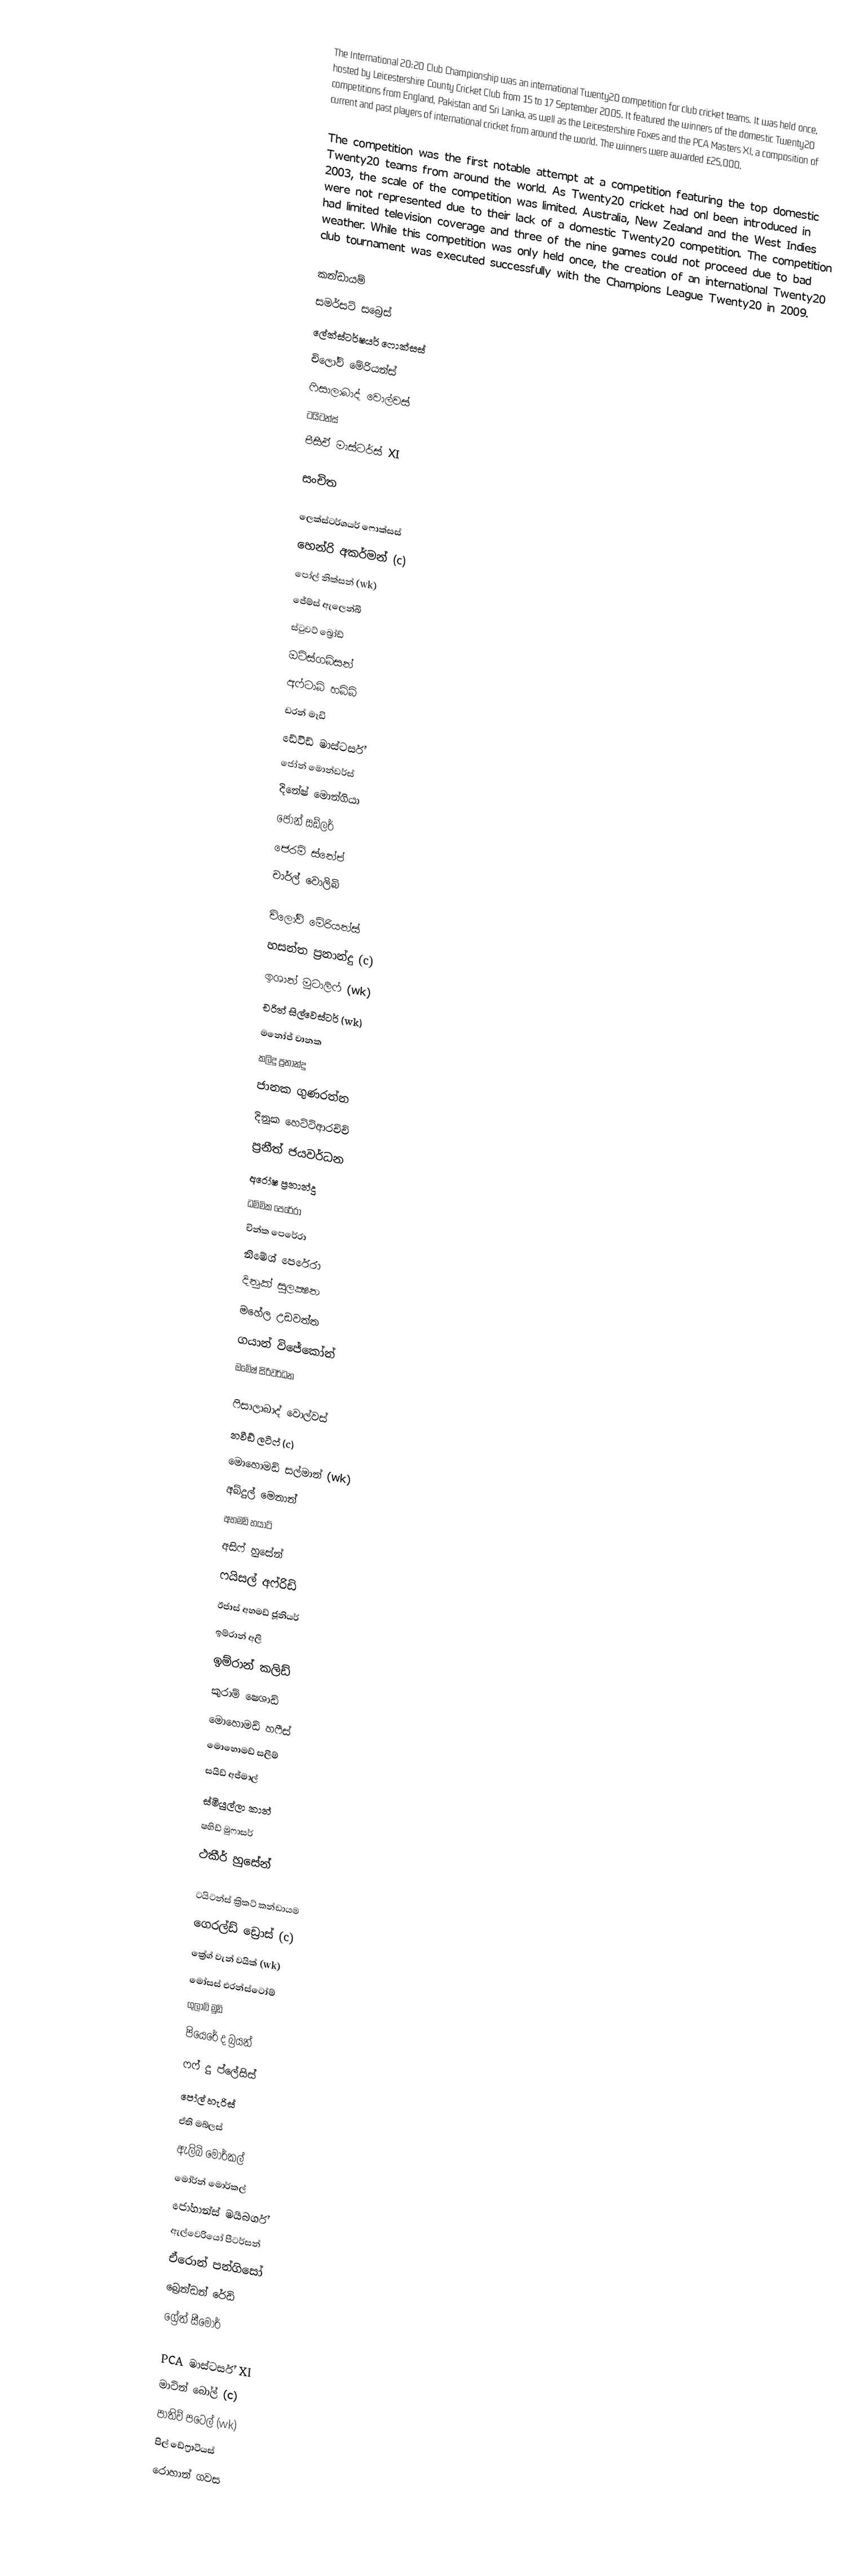
The International 20:20 Club Championship was an international Twenty20 competition for club cricket teams. It was held once, hosted by Leicestershire County Cricket Club from 15 to 17 September 2005. It featured the winners of the domestic Twenty20 competitions from England, Pakistan and Sri Lanka, as well as the Leicestershire Foxes and the PCA Masters XI, a composition of current and past players of international cricket from around the world. The winners were awarded £25,000.

The competition was the first notable attempt at a competition featuring the top domestic Twenty20 teams from around the world. As Twenty20 cricket had onl been introduced in 2003, the scale of the competition was limited. Australia, New Zealand and the West Indies were not represented due to their lack of a domestic Twenty20 competition. The competition had limited television coverage and three of the nine games could not proceed due to bad weather. While this competition was only held once, the creation of an international Twenty20 club tournament was executed successfully with the Champions League Twenty20 in 2009.

කන්ඩායම්
 සමර්සට් සබ්‍රෙස්
 ලේක්ස්ටර්ෂයර් ෆොක්සස්
 චිලෝව් මේරියන්ස්
 ෆිසාලාබාද් වොල්වස්
 ටයිටන්ස්
 පීසීඒ මාස්ටර්ස් XI

සංචිත

ලෙක්ස්ටර්ශයර් ෆොක්සස්
 හෙන්රි අකර්මන් (c)
 පෝල් නික්සන් (wk)
 ජේම්ස් ඇලෙන්බි
 ස්ටුවට් බ්‍රෝඩ්
 ඔටිස්ගබ්සන්
 අෆ්ටාබ් හබිබ්
 ඩරන් මෑඩි
 ඩේවිඩ් මාස්ටර්ස්
 ජෝන් මොන්ඩර්ස්
 දිනේෂ් මොන්ගියා
 ජෝන් සඩ්ලර්
 ජෙරමි ස්නේප්
 චාර්ල් වොලිබි

චිලෝව් මේරියන්ස්
 හසන්ත ප්‍රනාන්දු (c)
 ඉශාන් මුටාලිෆ් (wk)
 චරිත් සිල්වෙස්ටර් (wk)
 මනෝජ් චානක
 කලිදු ප්‍රනාන්දු
 ජානක ගුණරත්න
 දිනූක හෙට්ටිආරච්චි
 ප්‍රනීත් ජයවර්ධන
 අරෝෂ ප්‍රනාන්දු
 ධම්මික පෙරේරා
 චින්ක පෙරේරා
 නිමේශ් පෙරේරා
 දිනුක් සුලක්‍ෂන
 මහේල උඩවත්ත
 ගයාන් විජේකෝන්
 ඔමේෂ් සිරිවර්ධන

ෆිසාලාබාද් වොල්වස්
 නවීඩ් ලටිෆ් (c)
 මොහොමඩ් සල්මාන් (wk)
 අබ්දුල් මෙනාන්
 අහමඩ් හයාට්
 අසිෆ් හුසේන්
 ෆයිසල් අෆ්රිඩි
 ඊජාස් අහමඩ් ජූනියර්
 ඉම්රාන් අලි
 ඉම්රාන් කලිඩ්
 කුරාම් ෂෙශාඩ්
 මොහොමඩ් හෆීස්
 මොහොමඩ් සලීම්
 සයිඩ් අජ්මාල්
 ස්මියුල්ලා කාන්
 ෂහිඩ් මුෆාසර්
 ථකීර් හුසේන්

ටයිටන්ස් ක්‍රිකට් කන්ඩායම
 ගෙරල්ඩ් ඩ්‍රොස් (c)
 ක්‍රේග් වැන් වයික් (wk)
 මෝසස් එරන්ස්ටෝම්
 ගුලාම් මුඩි
 පියෙරේ ද බ්‍රයන්
 ෆෆ් දු ප්ලේසිස්
 පෝල් හැරිස්
 ඒති මබ්ලස්
 ඇලිබි මොර්කල්
 මෝර්න් මොර්කල්
 ජෝහාන්ස් මයිබර්ග්
 ඇල්වෙරියෝ පීටර්සන්
 ඒරොන් පන්ගිසෝ
 බ්‍රෙන්ඩන් රේඩි
 ග්‍රේත් සීමෝර්

PCA මාස්ටර්ස් XI
 මාටින් බෝල් (c)
 පාතිව් පටෙල් (wk)
 පිල් ඩේෆ්‍රාටියස්
 රොහාන් ගවස